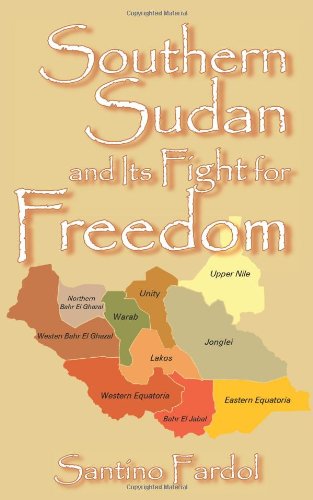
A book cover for Southern Sudan and Its Fight for Freedom; Santino Fardol; History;